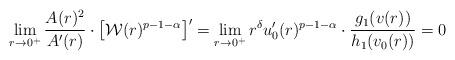
LaTeX: \begin{align*}\lim_{r\to 0^+} \frac{A(r)^2}{A'(r)} \cdot \left[ \mathcal W(r)^{p-1-\alpha} \right]'&= \lim_{r\to 0^+} r^\delta u_0'(r)^{p-1-\alpha} \cdot \frac{g_1(v(r))}{h_1(v_0(r))} = 0\end{align*}